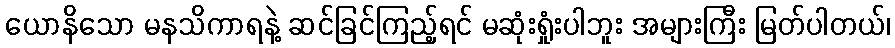
ယောနိသော မနသိကာရနဲ့ ဆင်ခြင်ကြည့်ရင် မဆုံးရှုံးပါဘူး အများကြီး မြတ်ပါတယ်၊